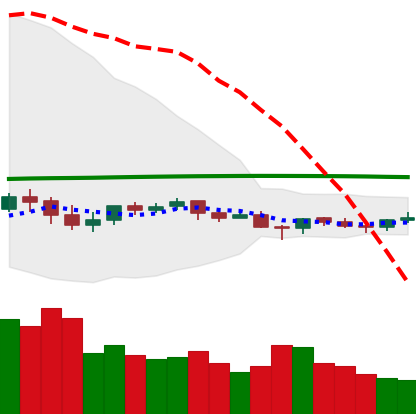
Ticker: LTC-USD
Chart end date: 2021-06-14
Forward return: -11.364%
Label: down_7plus